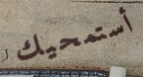
أستمحيك